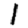
Digit: 1